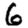
Digit: 6